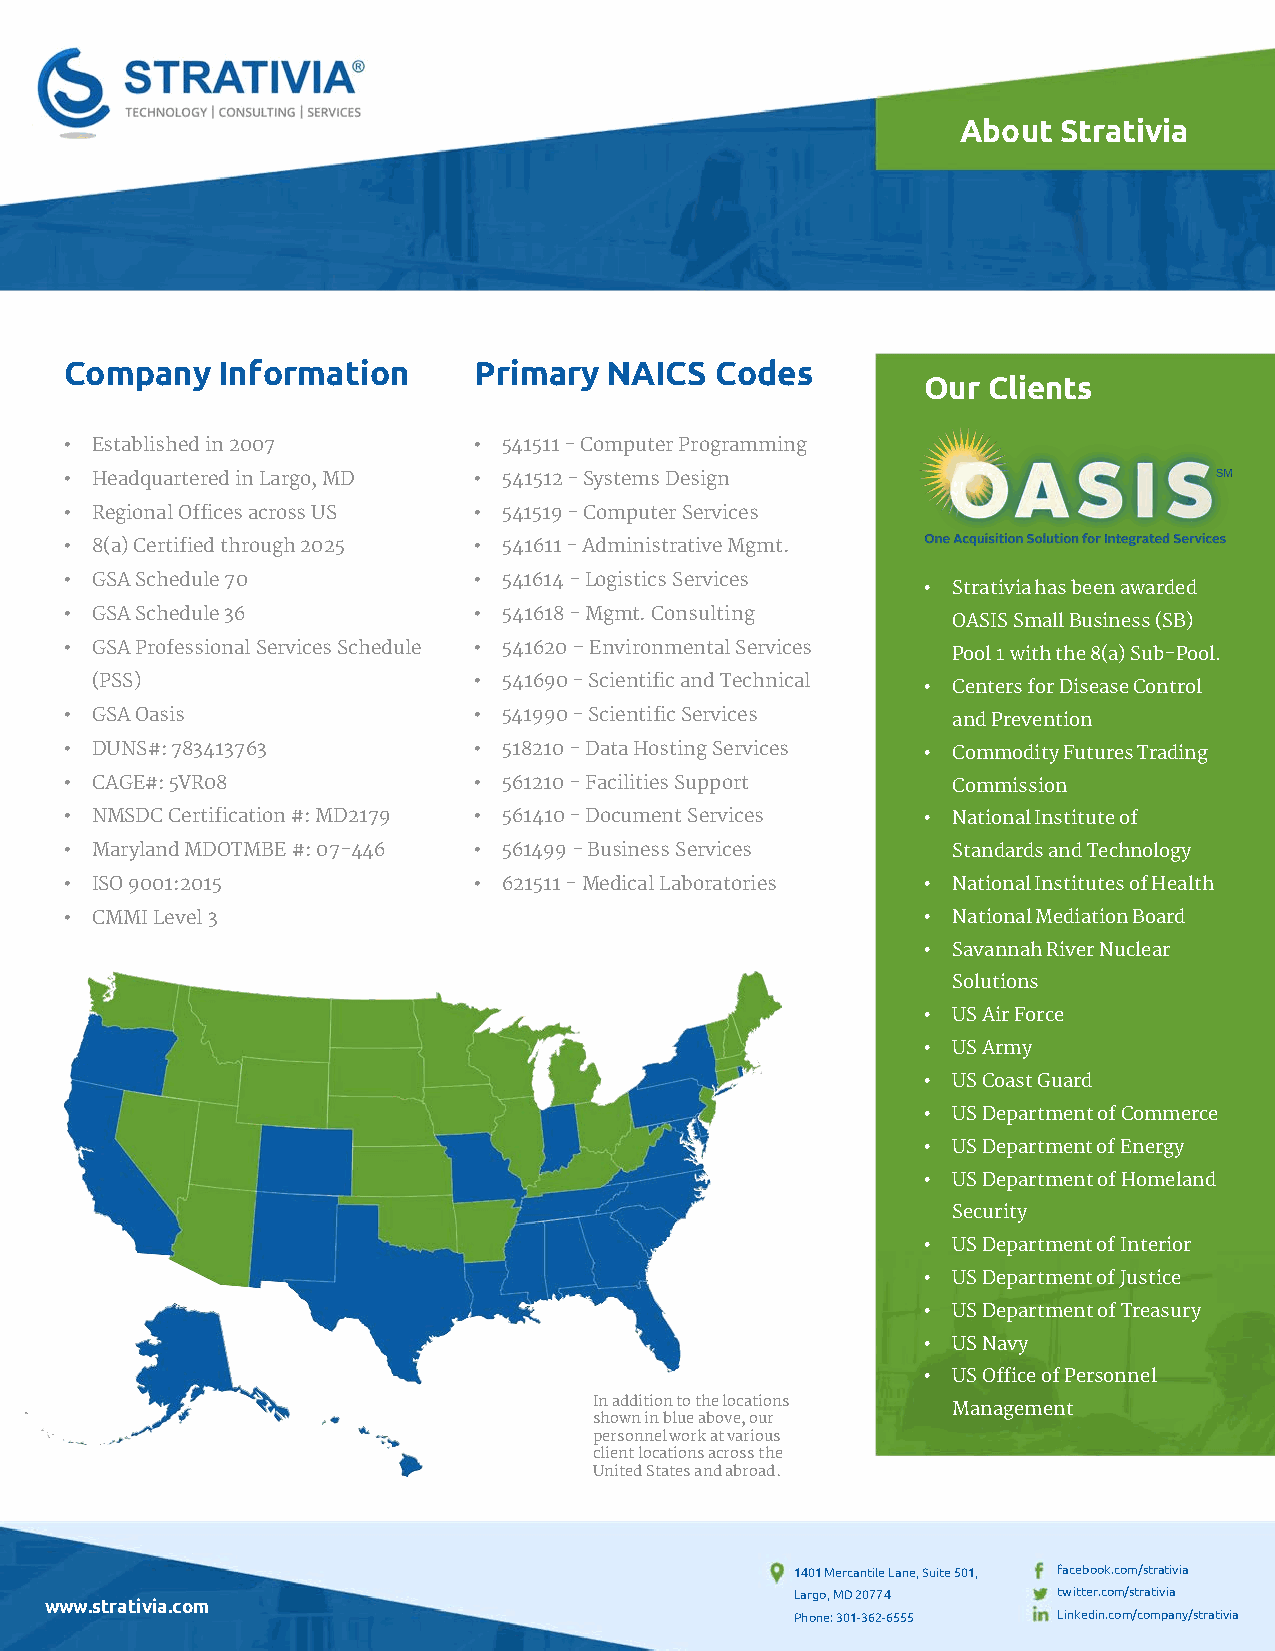
About Strativia
 Company   Information      Primary  NAICS  Codes
 Our Clients
 • Established in 2007      • 541511 - Computer Programming
 • Headquartered in Largo, MD • 541512 - Systems Design
 • Regional Offices across US • 541519 - Computer Services
 • 8(a) Certified through 2025 • 541611 - Administrative Mgmt.
 • GSA Schedule 70          • 541614 - Logistics Services
 • Strativia has been awarded
 • GSA Schedule 36          • 541618 - Mgmt. Consulting
 OASIS Small Business (SB)
 • GSA Professional Services Schedule • 541620 – Environmental Services
 Pool 1 with the 8(a) Sub-Pool.
 (PSS)                    • 541690 - Scientific and Technical • Centers for Disease Control
 • GSA Oasis                • 541990 - Scientific Services  and Prevention
 • DUNS#: 783413763         • 518210 - Data Hosting Services • Commodity Futures Trading
 • CAGE#: 5VR08             • 561210 - Facilities Support   Commission
 • NMSDC Certification #: MD2179 • 561410 - Document Services • National Institute of
 • Maryland MDOTMBE #: 07-446 • 561499 - Business Services  Standards and Technology
 • ISO 9001:2015            • 621511 - Medical Laboratories • National Institutes of Health
 • CMMI Level 3                                           • National Mediation Board
 • Savannah River Nuclear
 Solutions
 • US Air Force
 • US Army
 • US Coast Guard
 • US Department of Commerce
 • US Department of Energy
 • US Department of Homeland
 Security
 • US Department of Interior
 • US Department of Justice
 • US Department of Treasury
 • US Navy
 • US Office of Personnel
 In addition to the locations
 Management
 shown in blue above, our
 personnel work at various
 client locations across the
 United States and abroad.
 1401 Mercantile Lane, Suite 501, facebook.com/strativia
 Largo, MD 20774  twitter.com/strativia
 www.strativia.com
 Phone: 301-362-6555 Linkedin.com/company/strativia